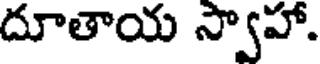
దూతాయ స్వాహా.